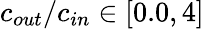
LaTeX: c_{out}/c_{in}\in[0.0,4]